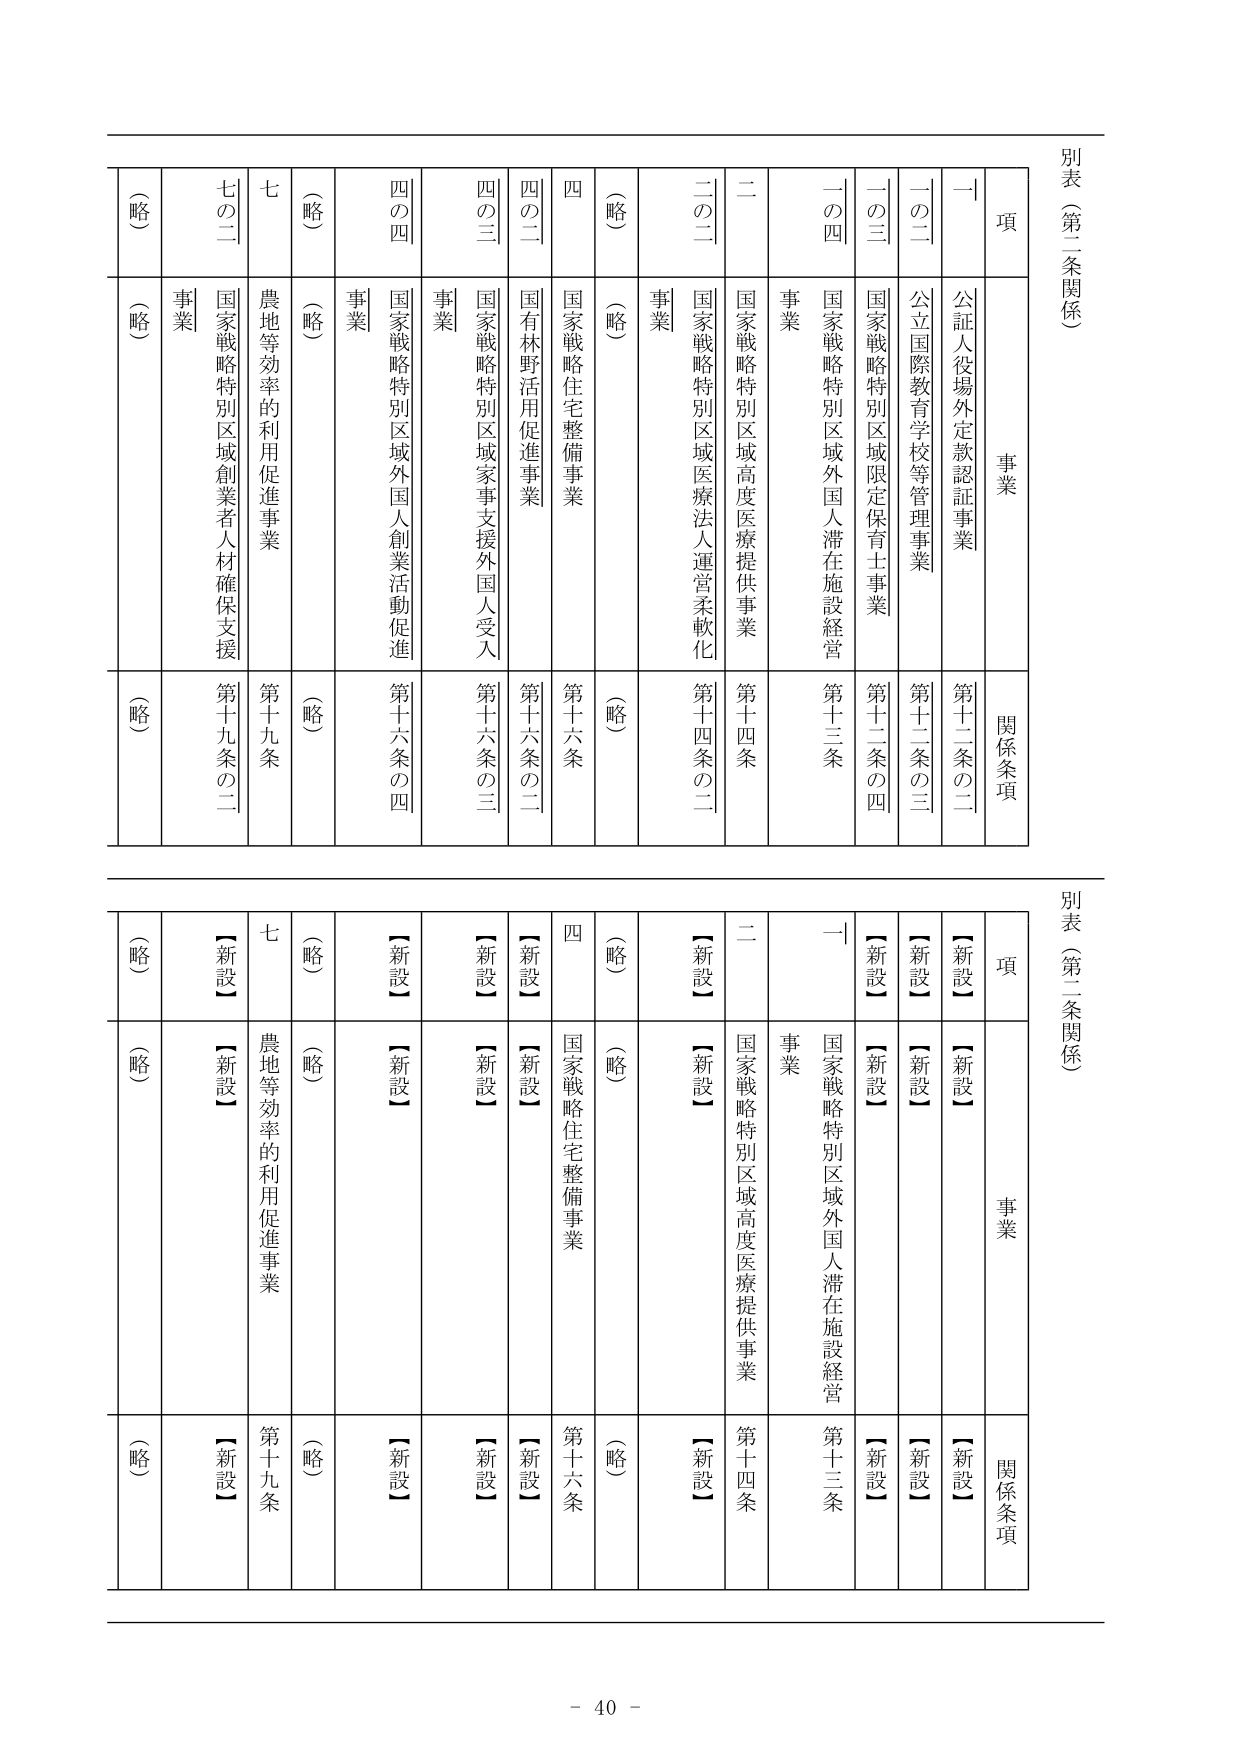
別表（第二条関係）

項　　　　　　事業